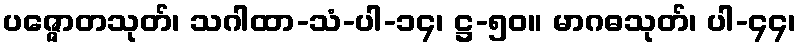
ပဇ္ဇောတသုတ်၊ သဂါထာ-သံ-ပါ-၁၄၊ ဋ္ဌ-၅၀။ မာဂဓသုတ်၊ ပါ-၄၄၊